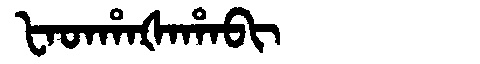
Manchu: ᡶᠠᡨᡥᠠᡧᠠᡥᠠᠪᡳ
Romanization: FATHAŠAHABI